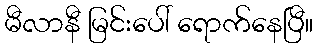
မီလာနီ မြင်းပေါ် ရောက်နေပြီ။